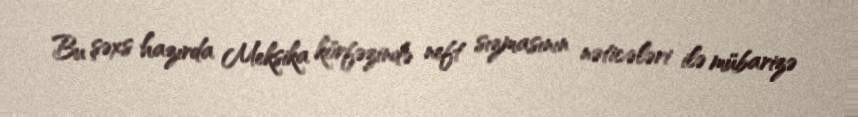
Bu şəxs hazırda Meksika körfəzində neft sızmasının nəticələri ilə mübarizə